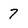
Character: 7